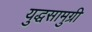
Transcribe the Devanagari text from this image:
युद्धसामुग्री